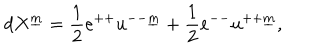
d X ^ { \underline { { { m } } } } = { \frac { 1 } { 2 } } e ^ { + + } u ^ { -- \underline { { { m } } } } + { \frac { 1 } { 2 } } e ^ { -- } u ^ { + + \underline { { { m } } } } ,